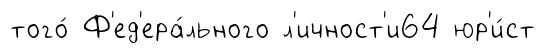
того́ Ф'ед'ера́льного л'ичност'и64 юр'и́ст